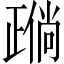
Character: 𬆈